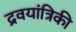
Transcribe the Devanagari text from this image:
द्रवयांत्रिकी